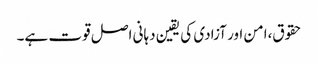
حقوق،امن اور آزادی کی یقین دہانی اصل قوت ہے۔